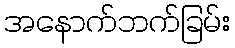
အနောက်ဘက်ခြမ်း